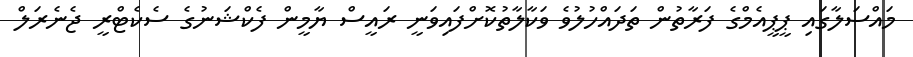
މައްސަލާގައި ޕީޕީއެމްގެ ފަރާތުން ތަދައްހުލުވެ ވަކާލާތުކޮށްފައިވަނީ ރައީސް ޔާމީން ފެކްޝަނުގެ ސެކެޓްރީ ޖެނެރަލް